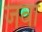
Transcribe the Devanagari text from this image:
जवा